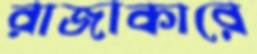
রাজাকারে